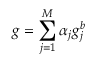
g = \sum _ { j = 1 } ^ { M } \alpha _ { j } g _ { j } ^ { b }